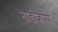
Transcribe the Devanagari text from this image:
नाडोजपंप